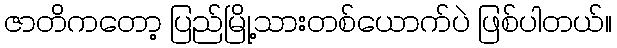
ဇာတိကတော့ ပြည်မြို့သားတစ်ယောက်ပဲ ဖြစ်ပါတယ်။